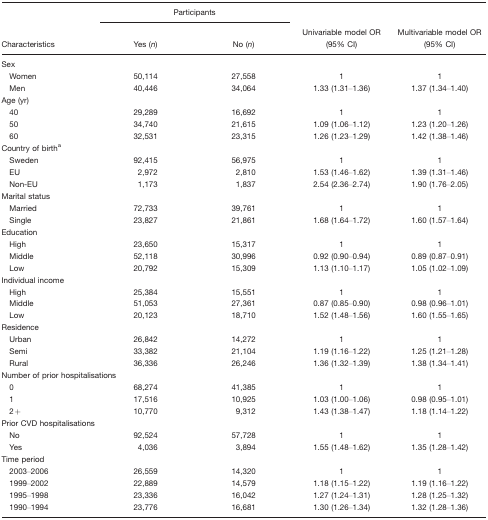
<table><thead><tr><td></td><td colspan="2"><b>Participants</b></td><td></td><td></td></tr><tr><td><b>Characteristics</b></td><td><b>Yes (<i>n</i>)</b></td><td><b>No (<i>n</i>)</b></td><td><b>Univariable model OR (95% CI)</b></td><td><b>Multivariable model OR (95% CI)</b></td></tr></thead><tbody><tr><td colspan="5">Sex</td></tr><tr><td> Women</td><td>50,114</td><td>27,558</td><td>1</td><td>1</td></tr><tr><td> Men</td><td>40,446</td><td>34,064</td><td>1.33 (1.31–1.36)</td><td>1.37 (1.34–1.40)</td></tr><tr><td colspan="5">Age (yr)</td></tr><tr><td> 40</td><td>29,289</td><td>16,692</td><td>1</td><td>1</td></tr><tr><td> 50</td><td>34,740</td><td>21,615</td><td>1.09 (1.06–1.12)</td><td>1.23 (1.20–1.26)</td></tr><tr><td> 60</td><td>32,531</td><td>23,315</td><td>1.26 (1.23–1.29)</td><td>1.42 (1.38–1.46)</td></tr><tr><td colspan="5">Country of birtha</td></tr><tr><td> Sweden</td><td>92,415</td><td>56,975</td><td>1</td><td>1</td></tr><tr><td> EU</td><td>2,972</td><td>2,810</td><td>1.53 (1.46–1.62)</td><td>1.39 (1.31–1.46)</td></tr><tr><td> Non-EU</td><td>1,173</td><td>1,837</td><td>2.54 (2.36–2.74)</td><td>1.90 (1.76–2.05)</td></tr><tr><td colspan="5">Marital status</td></tr><tr><td> Married</td><td>72,733</td><td>39,761</td><td>1</td><td>1</td></tr><tr><td> Single</td><td>23,827</td><td>21,861</td><td>1.68 (1.64–1.72)</td><td>1.60 (1.57–1.64)</td></tr><tr><td colspan="5">Education</td></tr><tr><td> High</td><td>23,650</td><td>15,317</td><td>1</td><td>1</td></tr><tr><td> Middle</td><td>52,118</td><td>30,996</td><td>0.92 (0.90–0.94)</td><td>0.89 (0.87–0.91)</td></tr><tr><td> Low</td><td>20,792</td><td>15,309</td><td>1.13 (1.10–1.17)</td><td>1.05 (1.02–1.09)</td></tr><tr><td colspan="5">Individual income</td></tr><tr><td> High</td><td>25,384</td><td>15,551</td><td>1</td><td>1</td></tr><tr><td> Middle</td><td>51,053</td><td>27,361</td><td>0.87 (0.85–0.90)</td><td>0.98 (0.96–1.01)</td></tr><tr><td> Low</td><td>20,123</td><td>18,710</td><td>1.52 (1.48–1.56)</td><td>1.60 (1.55–1.65)</td></tr><tr><td colspan="5">Residence</td></tr><tr><td> Urban</td><td>26,842</td><td>14,272</td><td>1</td><td>1</td></tr><tr><td> Semi</td><td>33,382</td><td>21,104</td><td>1.19 (1.16–1.22)</td><td>1.25 (1.21–1.28)</td></tr><tr><td> Rural</td><td>36,336</td><td>26,246</td><td>1.36 (1.32–1.39)</td><td>1.38 (1.34–1.41)</td></tr><tr><td colspan="5">Number of prior hospitalisations</td></tr><tr><td> 0</td><td>68,274</td><td>41,385</td><td>1</td><td>1</td></tr><tr><td> 1</td><td>17,516</td><td>10,925</td><td>1.03 (1.00–1.06)</td><td>0.98 (0.95–1.01)</td></tr><tr><td> 2+</td><td>10,770</td><td>9,312</td><td>1.43 (1.38–1.47)</td><td>1.18 (1.14–1.22)</td></tr><tr><td colspan="5">Prior CVD hospitalisations</td></tr><tr><td> No</td><td>92,524</td><td>57,728</td><td>1</td><td>1</td></tr><tr><td> Yes</td><td>4,036</td><td>3,894</td><td>1.55 (1.48–1.62)</td><td>1.35 (1.28–1.42)</td></tr><tr><td colspan="5">Time period</td></tr><tr><td> 2003–2006</td><td>26,559</td><td>14,320</td><td>1</td><td>1</td></tr><tr><td> 1999–2002</td><td>22,889</td><td>14,579</td><td>1.18 (1.15–1.22)</td><td>1.19 (1.16–1.22)</td></tr><tr><td> 1995–1998</td><td>23,336</td><td>16,042</td><td>1.27 (1.24–1.31)</td><td>1.28 (1.25–1.32)</td></tr><tr><td> 1990–1994</td><td>23,776</td><td>16.681</td><td>1.30 (1.26–1.34)</td><td>1.32 (1.28–1.36)</td></tr></tbody></table>